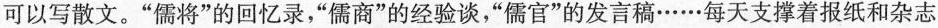
可以写散文。”儒将”的回忆录，”儒商”的经验谈，”儒官”的发言稿……每天支撑着报纸和杂志